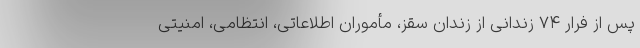
پس از فرار ۷۴ زندانی از زندان سقز، مأموران اطلاعاتی، انتظامی، امنیتی